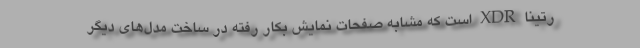
رتینا XDR است که مشابه صفحات نمایش بکار رفته در ساخت مدل‌های دیگر